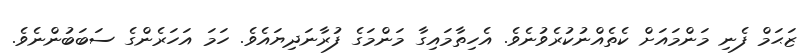
ޒަޙަމް ފެނި މަންމައަށް ކެތެއްނުކުރެވުނެވެ. އެހިތާމައިގާ މަންމަގެ ފުރާނަދިޔައެވެ. ހަމަ އަހަރެންގެ ސަބަބުންނެވެ.